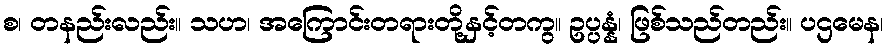
စ၊ တနည်းလည်း။ သဟ၊ အကြောင်းတရားတို့နှင့်တကွ။ ဥပ္ပန္နံ၊ ဖြစ်သည်တည်း။ ပဌမေန၊